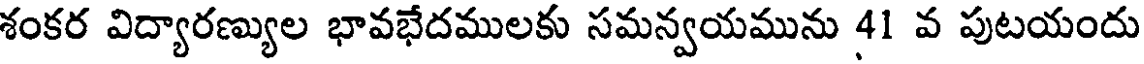
శంకర విద్యారణ్యుల భావభేదములకు సమన్వయమును 41 వ పుటయందు